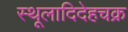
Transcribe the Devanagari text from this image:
स्थूलादिदेहचक्र